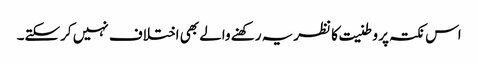
اس نکتہ پر وطنیت کا نظریہ رکھنے والے بھی اختلاف نہیں کرسکتے۔